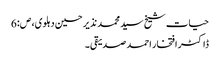
حیات شیخ سید محمد نذیر حسین دہلوی، ص:6
ڈاکٹر افتخار احمد صدیقی۔